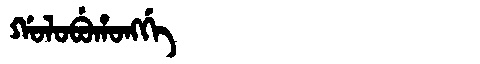
Manchu: ᡤᠣᠯᠣᠪᡠᡥᠣᠩᡤᡝ
Romanization: GOLOBUHONGGE